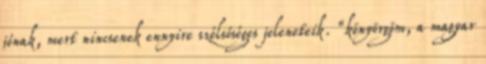
jónak, mert nincsenek ennyire szélsőséges jeleneteik. “könyörgöm, a magyar